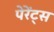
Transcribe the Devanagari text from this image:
पेरेंट्स